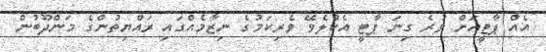
އެއް ޕާޓީއަށް ވުރެ ގިނަ ޕާޓީ އެކުލެވޭ ވެރިކަމުގެ ނިޒާމެއްގައި ރައްޔިތުންގެ މަންދޫބުން